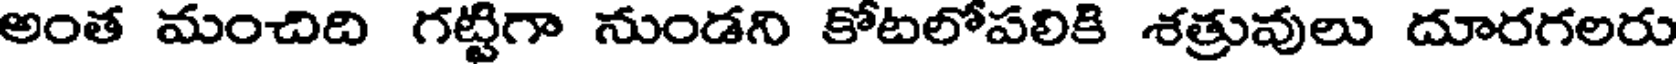
అంత మంచిది గట్టిగా నుండని కోటలోపలికి శత్రువులు దూరగలరు